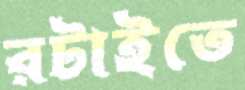
রটাইতে